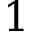
1